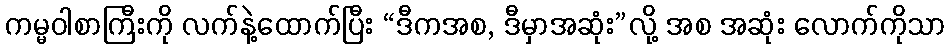
ကမ္မဝါစာကြီးကို လက်နဲ့ထောက်ပြီး “ဒီကအစ, ဒီမှာအဆုံး”လို့ အစ အဆုံး လောက်ကိုသာ